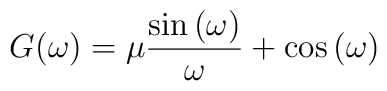
G(\omega )=\mu \frac{\sin \left( \omega \right) }{\omega }+\cos \left( \omega \right)